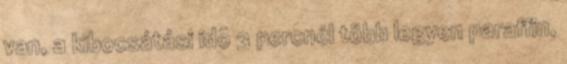
van, a kibocsátási idõ 3 percnél több legyen paraffin,